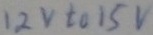
Text: 12v to 15v